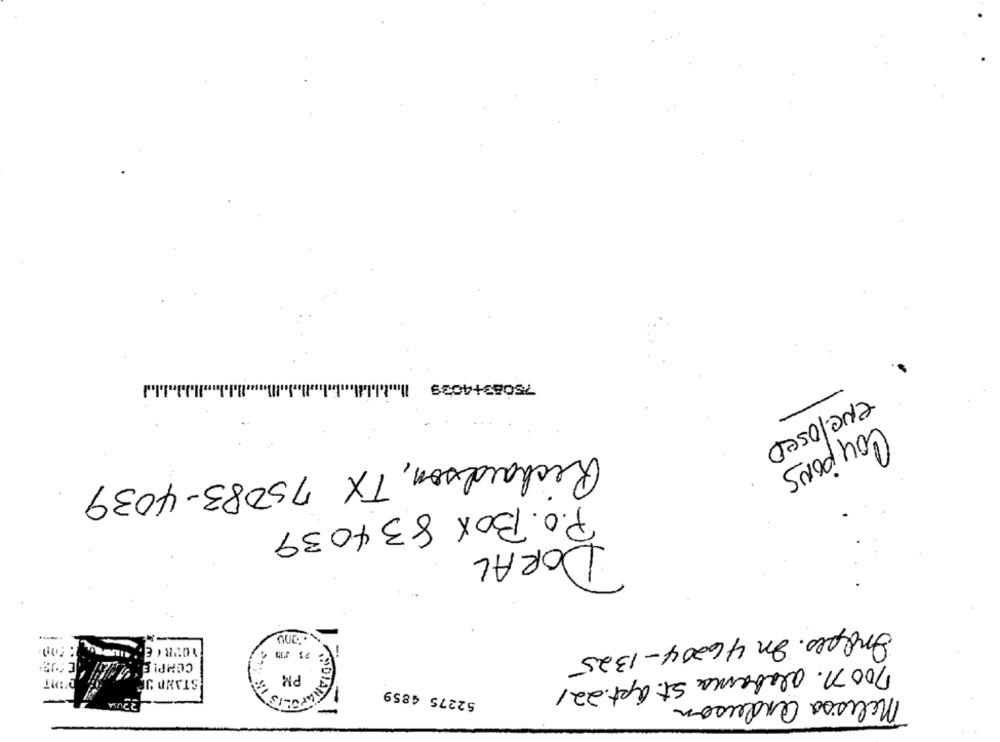
enclosed
Coupons
Richardson, TX 75083-4039
P.o. Box 834039
DORAL
Ondpes. On 46204-1325
-
m
COMPLE
PM
D'INT
STANO JE
700 n. alabama St. apt. 22/
52275 4859
Melissa anderson